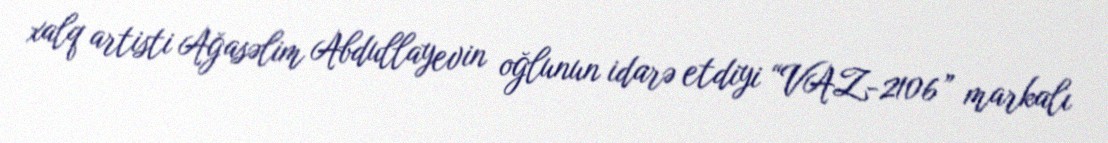
xalq artisti Ağasəlim Abdullayevin oğlunun idarə etdiyi “VAZ-2106” markalı